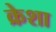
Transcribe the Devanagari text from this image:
क्रेशा